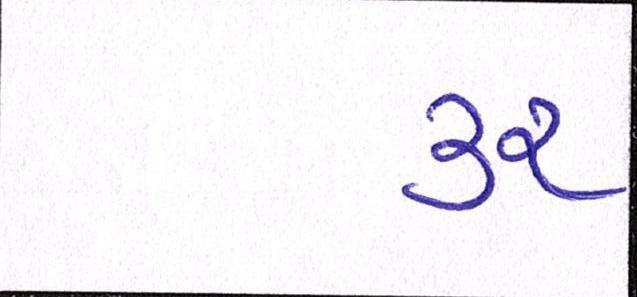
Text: ૩૨